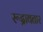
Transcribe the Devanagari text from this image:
रूद्रावतार